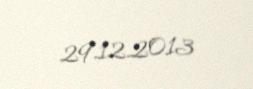
29.12.2013